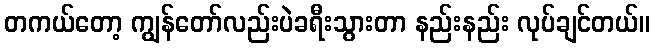
တကယ်တော့ ကျွန်တော်လည်းပဲခရီးသွားတာ နည်းနည်း လုပ်ချင်တယ်။